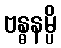
ဗန္ဓနမ္ပိ